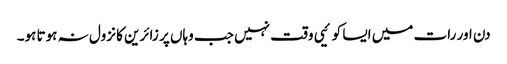
دن اور رات میں ایسا کوئیی وقت نہیں جب وہاں پر زائرین کا نزول نہ ہوتا ہو۔